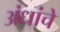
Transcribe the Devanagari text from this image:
अंधांचे